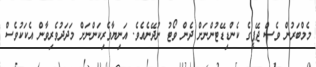
މެމްބަރުން ވެސް ޖޭޕީގެ ކެންޑިޑޭޓުންނަށް ދެން ވޯޓު ނުދޭނެއެވެ. އަނިޔާވެރިކަންނަށް މަދަދުވެރިވާން އެކަކުވެސް